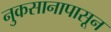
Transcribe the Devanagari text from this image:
नुकसानापासून